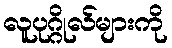
လူပုဂ္ဂိုလ်များကို